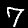
Digit: 7